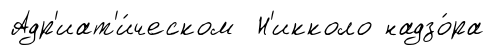
Адр'иат'и́ческом Н'икколо надзо́ра